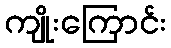
ကျိုးကြောင်း